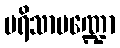
ပရိသာမဏ္ဍော